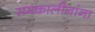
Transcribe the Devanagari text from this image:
समकालीनांना